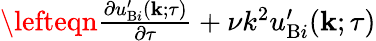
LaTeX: \begin{array}{rlr}{\lefteqn{\frac{\partial u_{\mathrm{{B}}i}^{\prime}({\mathbf{k}};\tau)}{\partial\tau}+\nu k^{2}u_{\mathrm{{B}}i}^{\prime}({\mathbf{k}};\tau)}}\end{array}